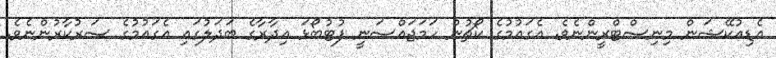
އެޑިއުކޭޝަން މިނިސްޓްރީންނެވެ. އެގައުމުގެ ކޯޗުން ހަމަޖައްސަނީ ފުޓުބޯޅަ އިދާރާގެ ބަދަލުގައި އެގައުމުގެ ސަރުކާރުންނެވެ.